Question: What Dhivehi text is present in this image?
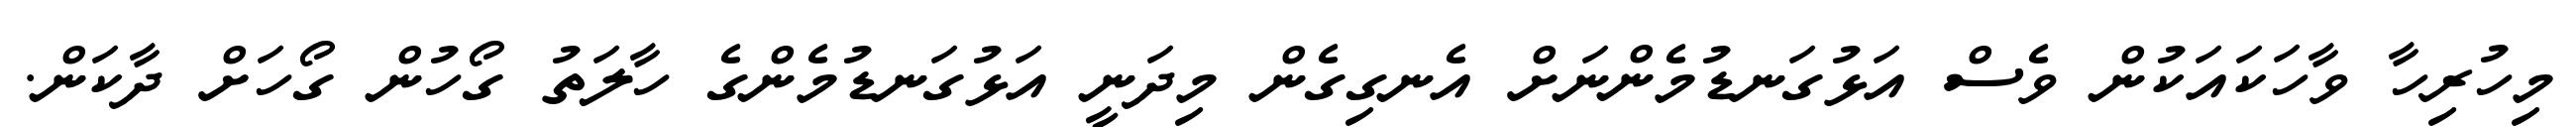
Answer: މިހުރިހާ ވާހަކައަކުން ވެސް އަޅުގަނޑުމެންނަށް އެނގިގެން މިދަނީ އަޅުގަނޑުމެންގެ ހާލަތު ގޯހުން ގޯހަށް ދާކަން.